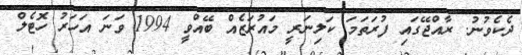
ދެކެވުނު. ރާއްޖޭގައި ފުރަތަމަ ކަލިނަރީ މައުރަޒެއް ބޭއްވީ 1994 ވަނަ އަހަރު ހޮޓެލް